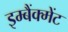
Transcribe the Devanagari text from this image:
इम्बैंक्मेंट